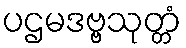
ပဌမဒဗ္ဗသုတ္တံ